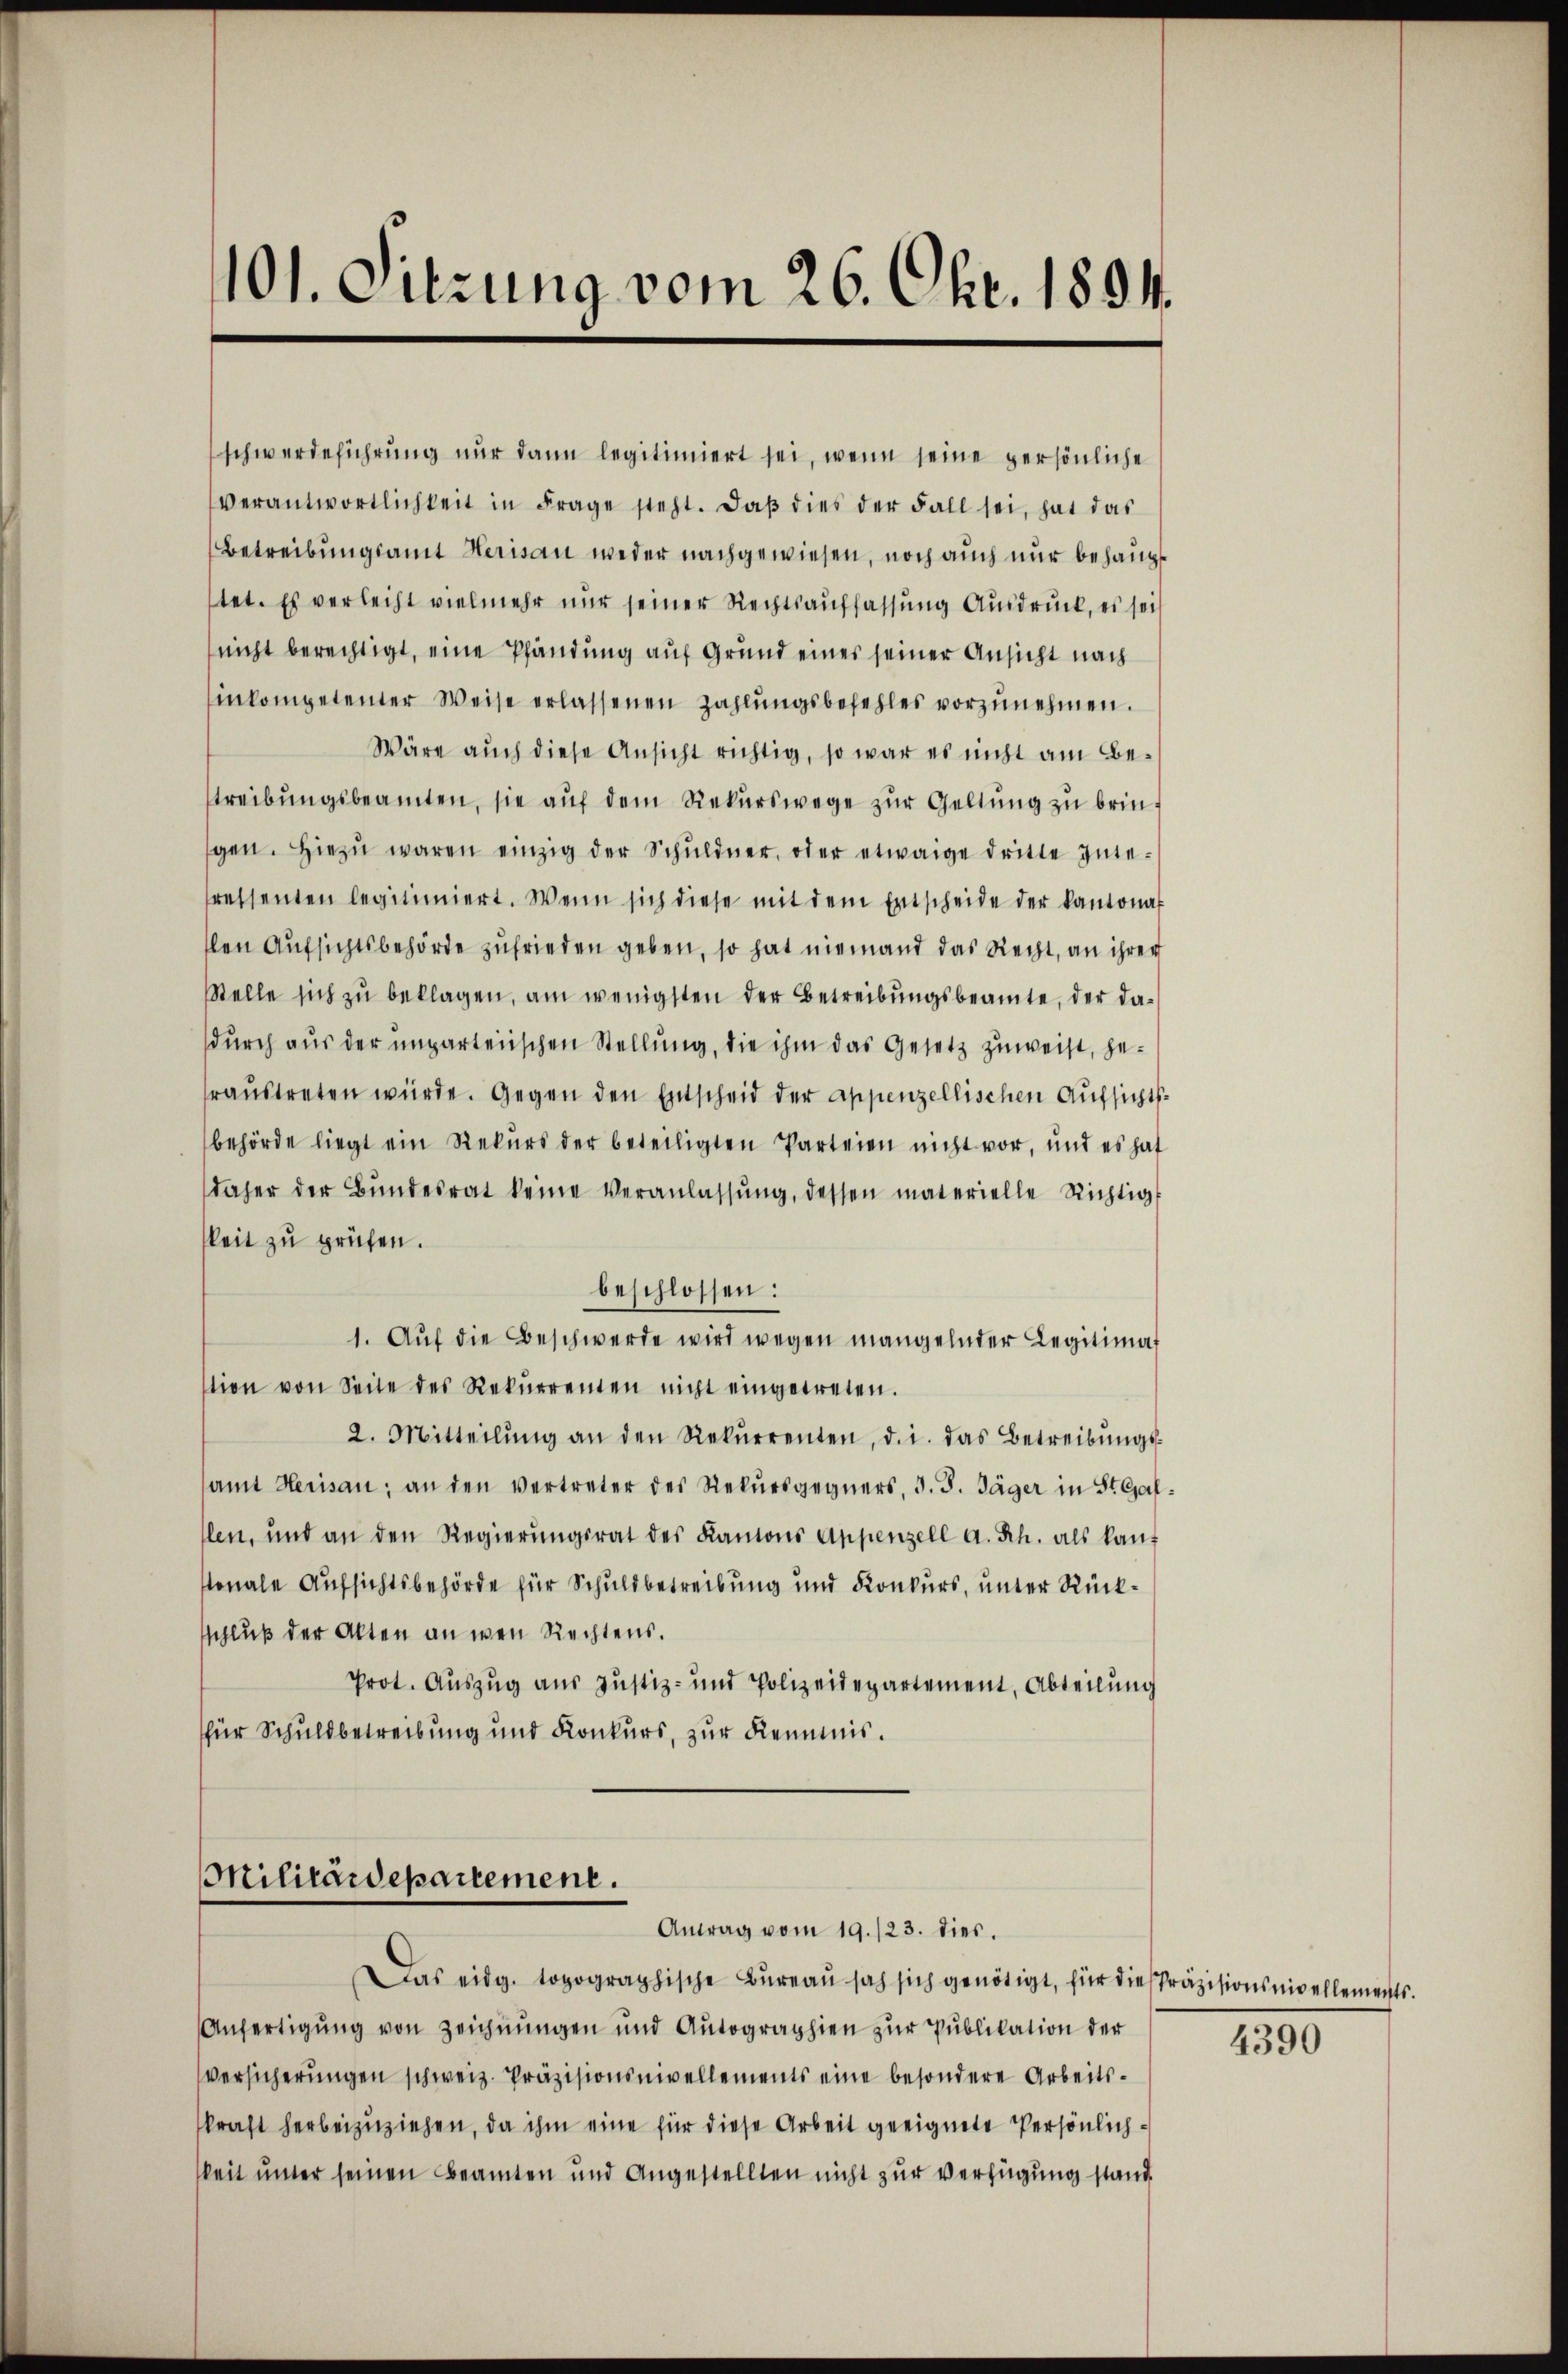
keit zu prüfen.
beschlossen:
1. Aŭf die Beschwerde wird wegen mangelnder Legitimat
tion von Seite des Rekŭrrenten nicht eingetreten.
2. Mitteilŭng an den Rekŭrrenten, d. i. das Betreibŭngs-
samt Herisau; an den vertreter des Rekŭrsgegners, d. J. Jäger in St. Gallen, und an den Regierŭngsrat des Kanons Appenzell a. Sch. als kant
sonale Aufsichtsbehörde für Schuldbetreibung und Konkurs, unter Rückschluß der Alten an wen Rechtens.
Prot. Auszug aus Justiz- und Polizeidepartement, Abteilung
für Schuldbetreibung und Konkurs, zur Kemnis.

101. Sitzung vom 26. Okt. 1804.

schwerdeführung nur dann legitimiert sei, wenn seine persönliche
verantwortlichkeit in Frage steht. Daß dies der Fall sei, hat das
Betreibungsamt Herisau weder nachgewiesen, noch auch nur behaupt
tet. Es verleiht vielmehr nur seiner Rechtsauffassung Ausdruck, es sei
nicht berechtigt, eine Pfändung auf Grund eines seiner Ansicht nach
inkompetenter Weise erlassenen Zahlungsbefehles vorzunehmen.
Wäre auch diese Ansicht richtig, so war es nicht am Be-
streibŭngsbeamten, sie aŭf dem Rekurswege zŭr Geltung zu bringen. Hiezŭ waren einzig der Schŭldner, oder etwaige dritte Inte-
ressenten legitimiert. Wenn sich diese mit dem Entscheide der Kantonal
len Aufsichtsbehörde zufrieden geben, so hat niemand das Recht, an ihrer
Stelle sich zu beklagen, am wenigsten der Betreibungsbeamte, der dadurch aus der unparteiischen Stellung, die ihm das Gesetz zuweist, geraŭstreten würde. Gegen den Entscheid der Appenzellischen Aufsichtsbehörde liegt ein Rekurs der beteiligten Parteien nicht vor, und es hat
daher der Bŭndesrat keine Veranlassŭng, dessen materielle Richtig

Militärdepartement.
Antrag vom 19./23. dies.

Das eidg. topographische Bureau sah sich genötigt, für die Präzisionsnivellements.
Anfertigung von Zeichnungen und Autographien zur Publikation der
Versicherungen schweiz. Präzisionsnivellements eine besondere Arbeitskraft herbeizuziehen, da ihm eine für diese Arbeit geeignete Persönlichkeit unter seinen Beamten und Angestellten nicht zur Verfügung stand

4390